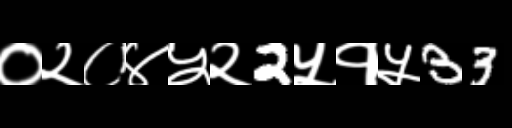
Text: ०२०४५२2५१५33